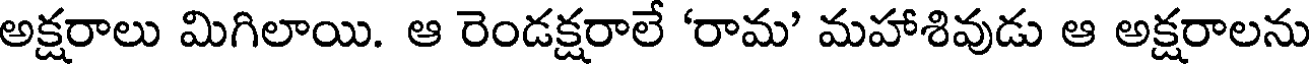
అక్షరాలు మిగిలాయి. ఆ రెండక్షరాలే 'రామ' మహాశివుడు ఆ అక్షరాలను